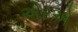
એરએ